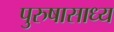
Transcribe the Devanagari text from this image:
पुरुषासाध्य